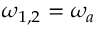
\omega _ { 1 , 2 } = \omega _ { a }